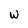
Character: w